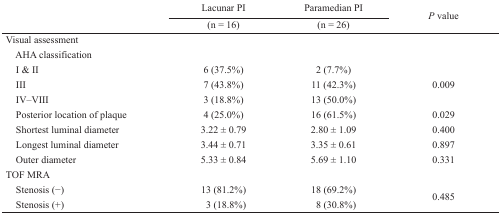
<table><thead><tr><td rowspan="3"></td><td><b>Lacunar PI</b></td><td><b>Paramedian PI</b></td><td rowspan="3"><b><i>P</i> value</b></td></tr><tr><td><b>(n = 16)</b></td><td><b>(n = 26)</b></td></tr></thead><tbody><tr><td colspan="4">Visual assessment</td></tr><tr><td>AHA classification</td><td></td><td></td><td></td></tr><tr><td>I &amp; II</td><td>6 (37.5%)</td><td>2 (7.7%)</td><td rowspan="3">0.009</td></tr><tr><td>III</td><td>7 (43.8%)</td><td>11 (42.3%)</td></tr><tr><td>IV–VIII</td><td>3 (18.8%)</td><td>13 (50.0%)</td></tr><tr><td>Posterior location of plaque</td><td>4 (25.0%)</td><td>16 (61.5%)</td><td>0.029</td></tr><tr><td>Shortest luminal diameter</td><td>3.22 ± 0.79</td><td>2.80 ± 1.09</td><td>0.400</td></tr><tr><td>Longest luminal diameter</td><td>3.44 ± 0.71</td><td>3.35 ± 0.61</td><td>0.897</td></tr><tr><td>Outer diameter</td><td>5.33 ± 0.84</td><td>5.69 ± 1.10</td><td>0.331</td></tr><tr><td colspan="4">TOF MRA</td></tr><tr><td>Stenosis (−)</td><td>13 (81.2%)</td><td>18 (69.2%)</td><td rowspan="2">0.485</td></tr><tr><td>Stenosis (+)</td><td>3 (18.8%)</td><td>8 (30.8%)</td></tr></tbody></table>